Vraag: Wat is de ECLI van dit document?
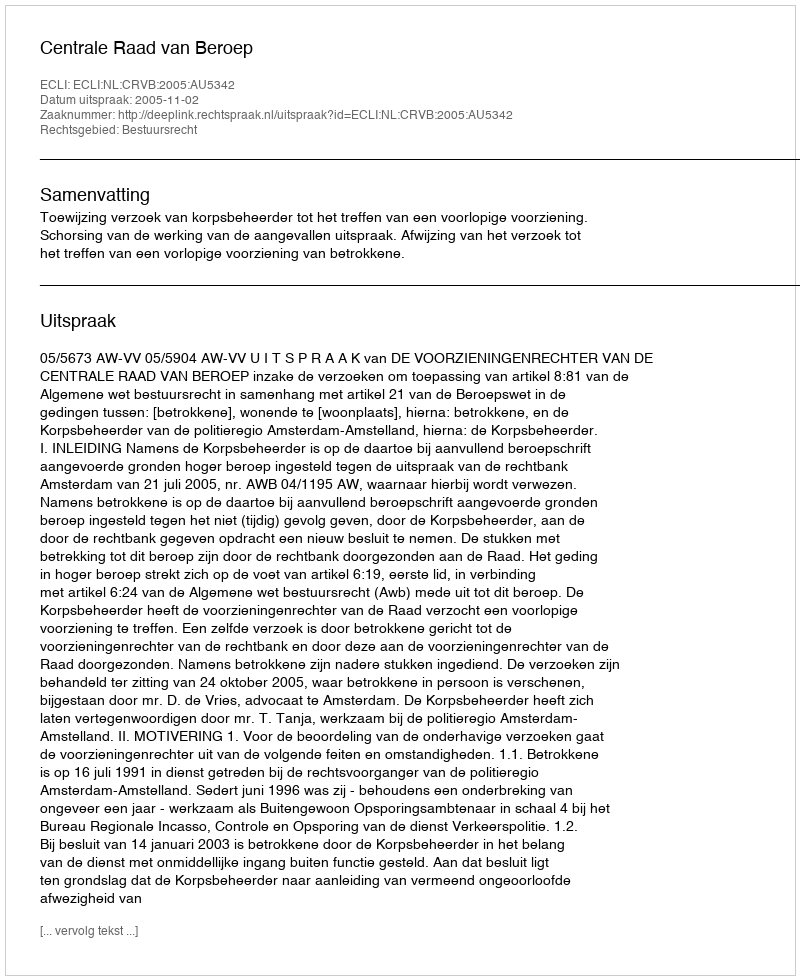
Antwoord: ECLI:NL:CRVB:2005:AU5342